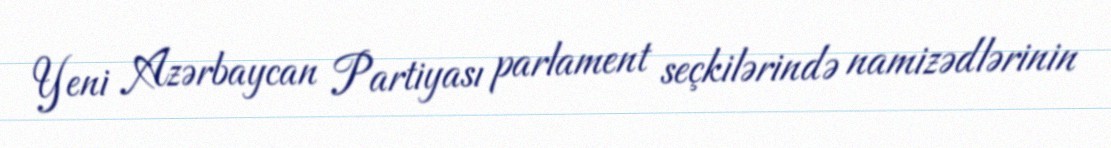
Yeni Azərbaycan Partiyası parlament seçkilərində namizədlərinin